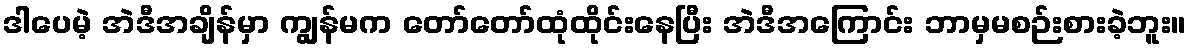
ဒါပေမဲ့ အဲဒီအချိန်မှာ ကျွန်မက တော်တော်ထုံထိုင်းနေပြီး အဲဒီအကြောင်း ဘာမှမစဉ်းစားခဲ့ဘူး။